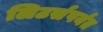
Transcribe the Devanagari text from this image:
लिटर्सपर्यंत